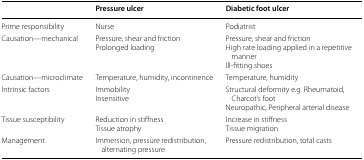
|  | Pressure ulcer | Diabetic foot ulcer |
 | --- | --- | --- |
 | Prime responsibility | Nurse | Podiatrist |
 | Causation—mechanical | Pressure, shear and frictionProlonged loading | Pressure, shear and frictionHigh rate loading applied in a repetitive mannerIll-fitting shoes |
 | Causation—microclimate | Temperature, humidity, incontinence | Temperature, humidity |
 | Intrinsic factors | ImmobilityInsensitive | Structural deformity e.g. Rheumatoid, Charcot’s footNeuropathic, Peripheral arterial disease |
 | Tissue susceptibility | Reduction in stiffnessTissue atrophy | Increase in stiffnessTissue migration |
 | Management | Immersion, pressure redistribution, alternating pressure | Pressure redistribution, total casts |